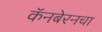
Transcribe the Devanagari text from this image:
कॅनबेरनचा